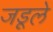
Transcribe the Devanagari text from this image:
जडूले